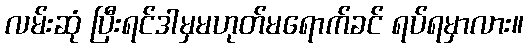
လမ်းဆုံ ပြီးရင်ဒါမှမဟုတ်မရောက်ခင် ရပ်ရမှာလား။